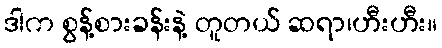
ဒါက စွန့်စားခန်းနဲ့ တူတယ် ဆရာ၊ဟီးဟီး။